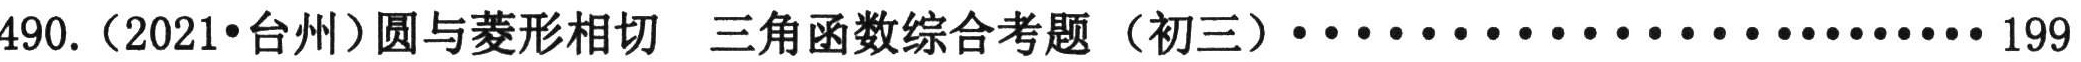
490.（2021•台州）圆与菱形相切 三角函数综合考题（初三）···························· 199